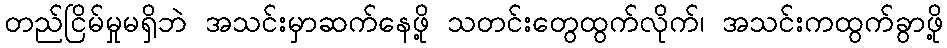
တည်ငြိမ်မှုမရှိဘဲ အသင်းမှာဆက်နေဖို့ သတင်းတွေထွက်လိုက်၊ အသင်းကထွက်ခွာဖို့